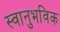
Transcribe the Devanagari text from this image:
स्वानुभविक